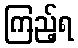
ကြည့်ရ